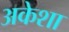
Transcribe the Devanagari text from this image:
अकेशा